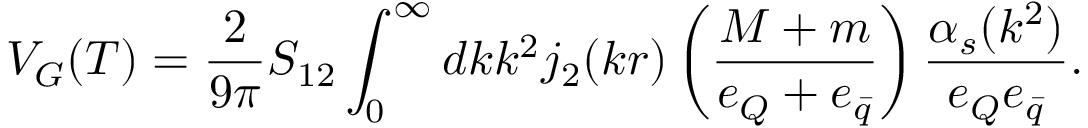
V _ { G } ( T ) = \frac { 2 } { 9 \pi } S _ { 1 2 } \int _ { 0 } ^ { \infty } d k k ^ { 2 } j _ { 2 } ( k r ) \left( \frac { M + m } { e _ { Q } + e _ { \bar { q } } } \right) \frac { \alpha _ { s } ( k ^ { 2 } ) } { e _ { Q } e _ { \bar { q } } } .